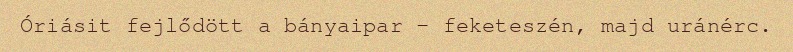
Óriásit fejlődött a bányaipar – feketeszén, majd uránérc.